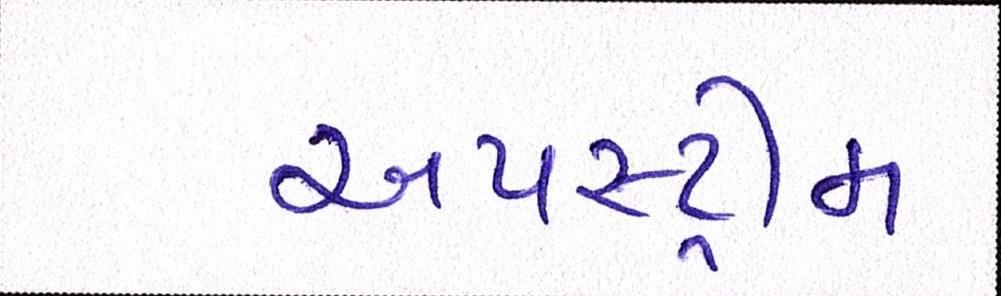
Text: અપસ્ટ્રીમ